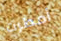
أمطرت